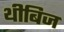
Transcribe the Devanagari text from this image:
थीबिज